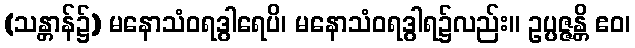
(သန္တာန်၌) မနောသံဝရဒွါရေပိ၊ မနောသံဝရဒွါရ၌လည်း။ ဥပ္ပဇ္ဇန္တိ ဧဝ၊